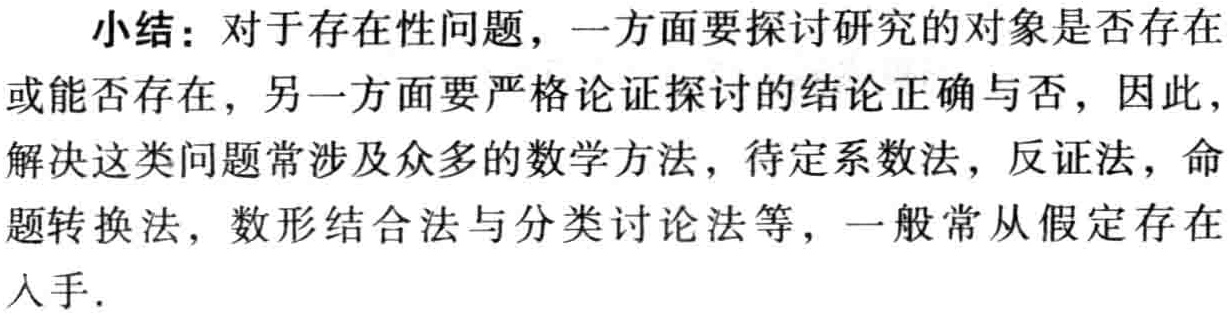
小结：对于存在性问题，一方面要探讨研究的对象是否存在或能否存在，另一方面要严格论证探讨的结论正确与否，因此，解决这类问题常涉及众多的数学方法，待定系数法，反证法，命题转换法，数形结合法与分类讨论法等，一般常从假定存在入手.